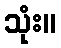
သုံး။